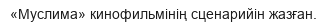
«Муслима» кинофильмінің сценарийін жазған.